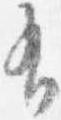
有